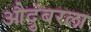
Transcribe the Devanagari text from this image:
औदुंबरला